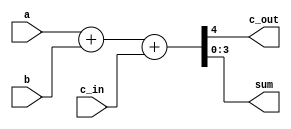
module fadder (c_out, sum, a, b, c_in);

output c_out; 
output [3:0] sum;
input [3:0] a, b; 
input c_in;

assign {c_out, sum} = fulladd( a, b, c_in);

function [4:0] fulladd;
input [3:0] a, b;
input c_in;

begin
	fulladd = a + b + c_in;
end
endfunction

endmodule